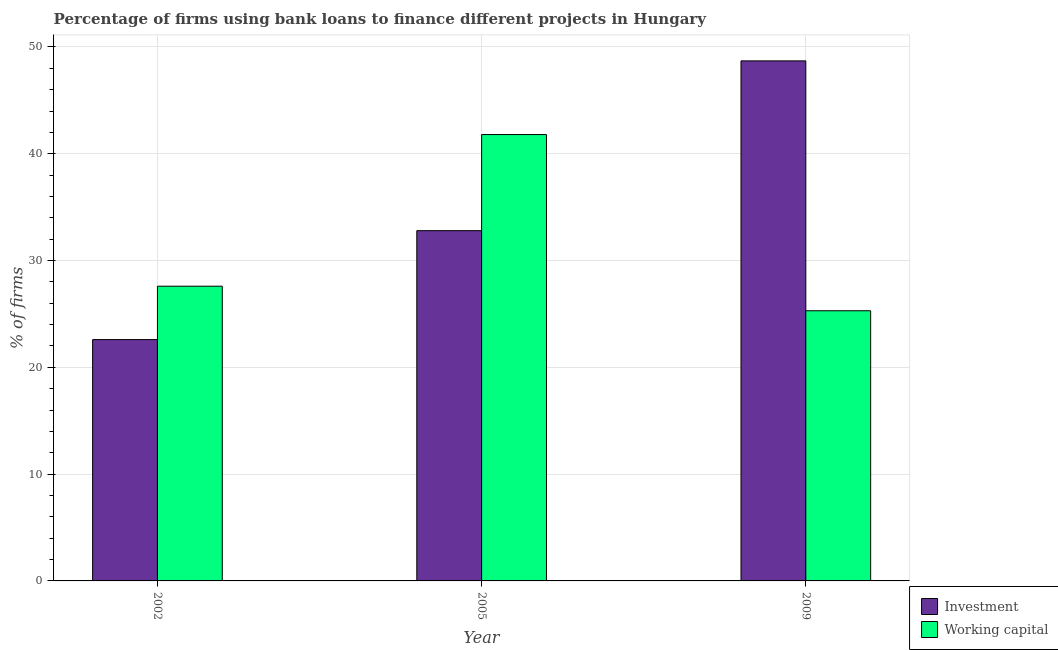
| Year | Investment | Working capital |
 | --- | --- | --- |
 | 2002 | 22.6 | 27.6 |
 | 2005 | 32.8 | 41.8 |
 | 2009 | 48.7 | 25.3 |